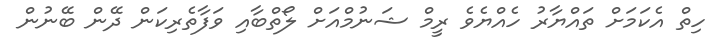
ހިތް އެކަމަށް ތައްޔާރު ހެއްޔެވެ ރީމް ޝަނުމްއަށް ލޯތްބާއި ވަފާތެރިކަން ދޭން ބޭނުން